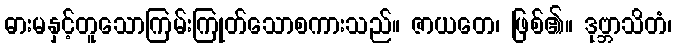
ဓားမနှင့်တူသောကြမ်းကြုတ်သောစကားသည်။ ဇာယတေ၊ ဖြစ်၏။ ဒုဗ္ဘာသိတံ၊